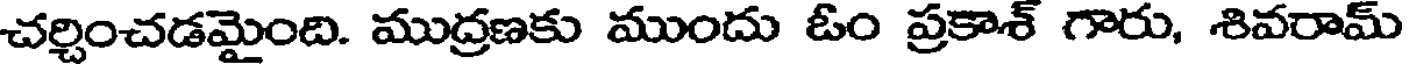
చర్చించడమైంది. ముద్రణకు ముందు ఓం ప్రకాశ్ గారు, శివరామ్